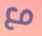
مع